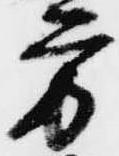
方